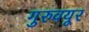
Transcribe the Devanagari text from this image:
गुरुवयूर